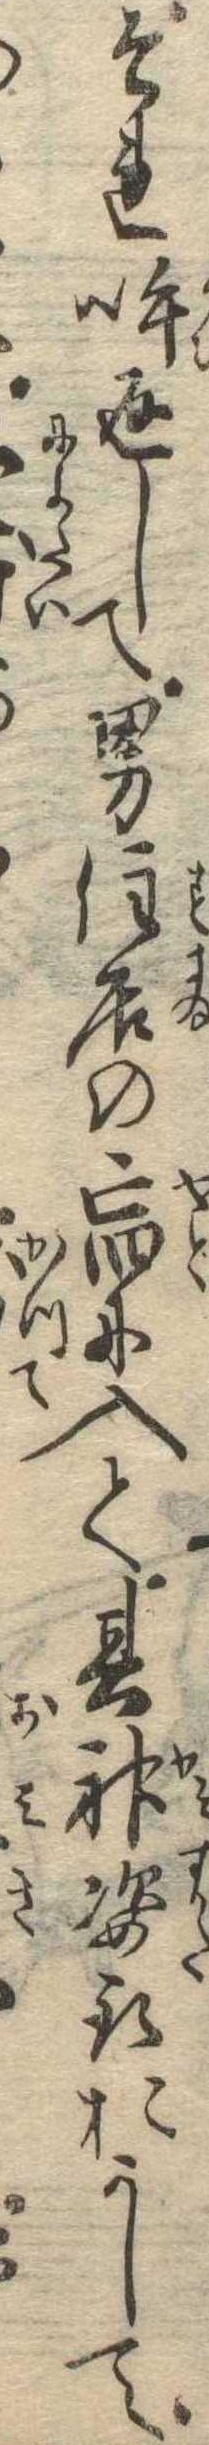
それ呼返して男住居の宿に入て其神姿取おかして